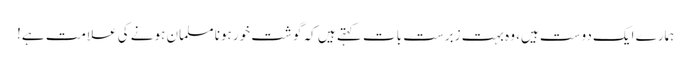
ہمارے ایک دوست ہیں، وہ بہت زبرست بات کہتے ہیں کہ گوشت خور ہونا مسلمان ہونے کی علامت ہے!